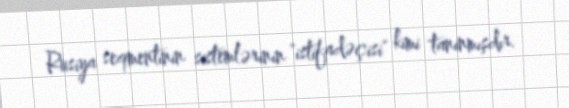
Rusiya seqmentinin sistemlərinin "istifadəçisi" kimi tanınmışdır.